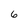
Character: 6